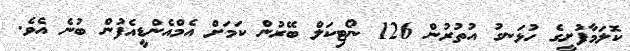
ކޮލަމާފުށީގެ ހުޅަނގު އުތުރުން 126 ނޯޓިކަލް ބޭރުން ކަމަށް އެމްއެންޑީއެފުން ބުނެ އެވެ.